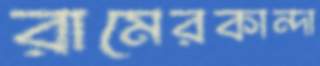
রামেরকান্দা